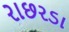
રાછરડા